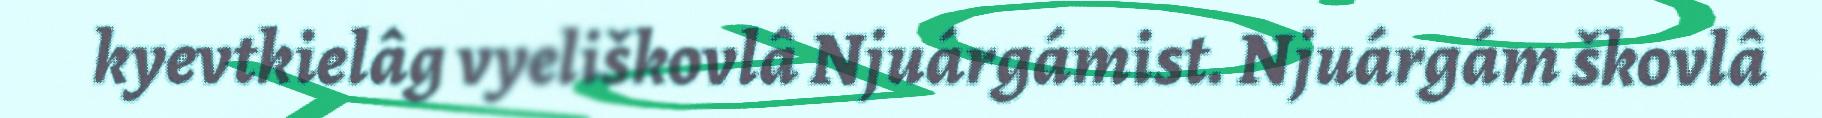
kyevtkielâg vyeliškovlâ Njuárgámist. Njuárgám škovlâ